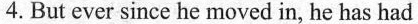
4.But ever since he moved in, he has had